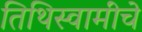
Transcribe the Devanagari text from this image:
तिथिस्वामींचे